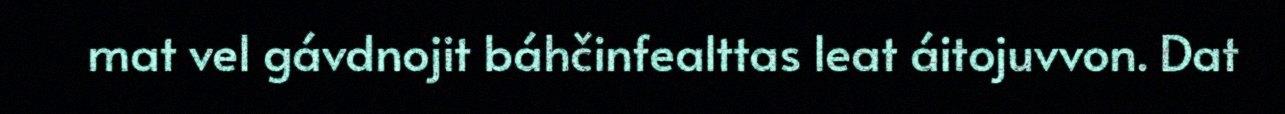
mat vel gávdnojit báhčinfealttas leat áitojuvvon. Dat